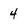
Character: 4